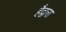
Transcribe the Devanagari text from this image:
हैद्वारा